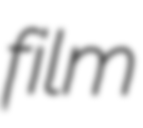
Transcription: film